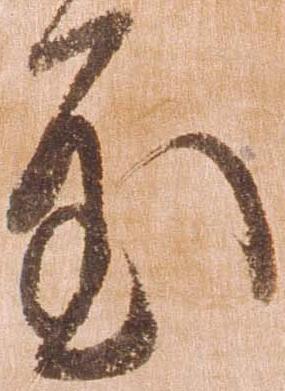
至